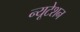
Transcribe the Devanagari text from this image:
न्यूटेशन